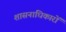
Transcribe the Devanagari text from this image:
शासनाधिकारों